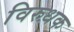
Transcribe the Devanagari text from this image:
विरुधक